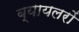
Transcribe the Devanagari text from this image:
ब्यायलरों